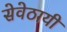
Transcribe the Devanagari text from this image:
सेवेठायी